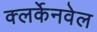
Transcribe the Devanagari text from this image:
क्लर्केनवेल